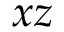
x z